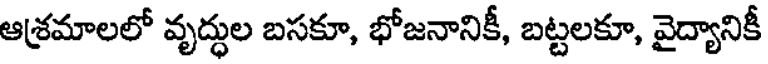
ఆశ్రమాలలో వృద్ధుల బసకూ, భోజనానికీ, బట్టలకూ, వైద్యానికీ